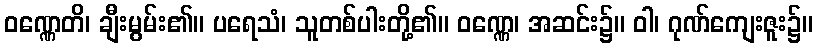
ဝဏ္ဏေတိ၊ ချီးမွမ်း၏။ ပရေသံ၊ သူတစ်ပါးတို့၏။ ဝဏ္ဏေ၊ အဆင်း၌။ ဝါ၊ ဂုဏ်ကျေးဇူး၌။